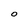
Character: 0